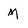
Character: m